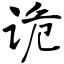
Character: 诡